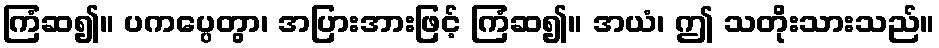
ကြံဆ၍။ ပကပ္ပေတွာ၊ အပြားအားဖြင့် ကြံဆ၍။ အယံ၊ ဤ သတိုးသားသည်။